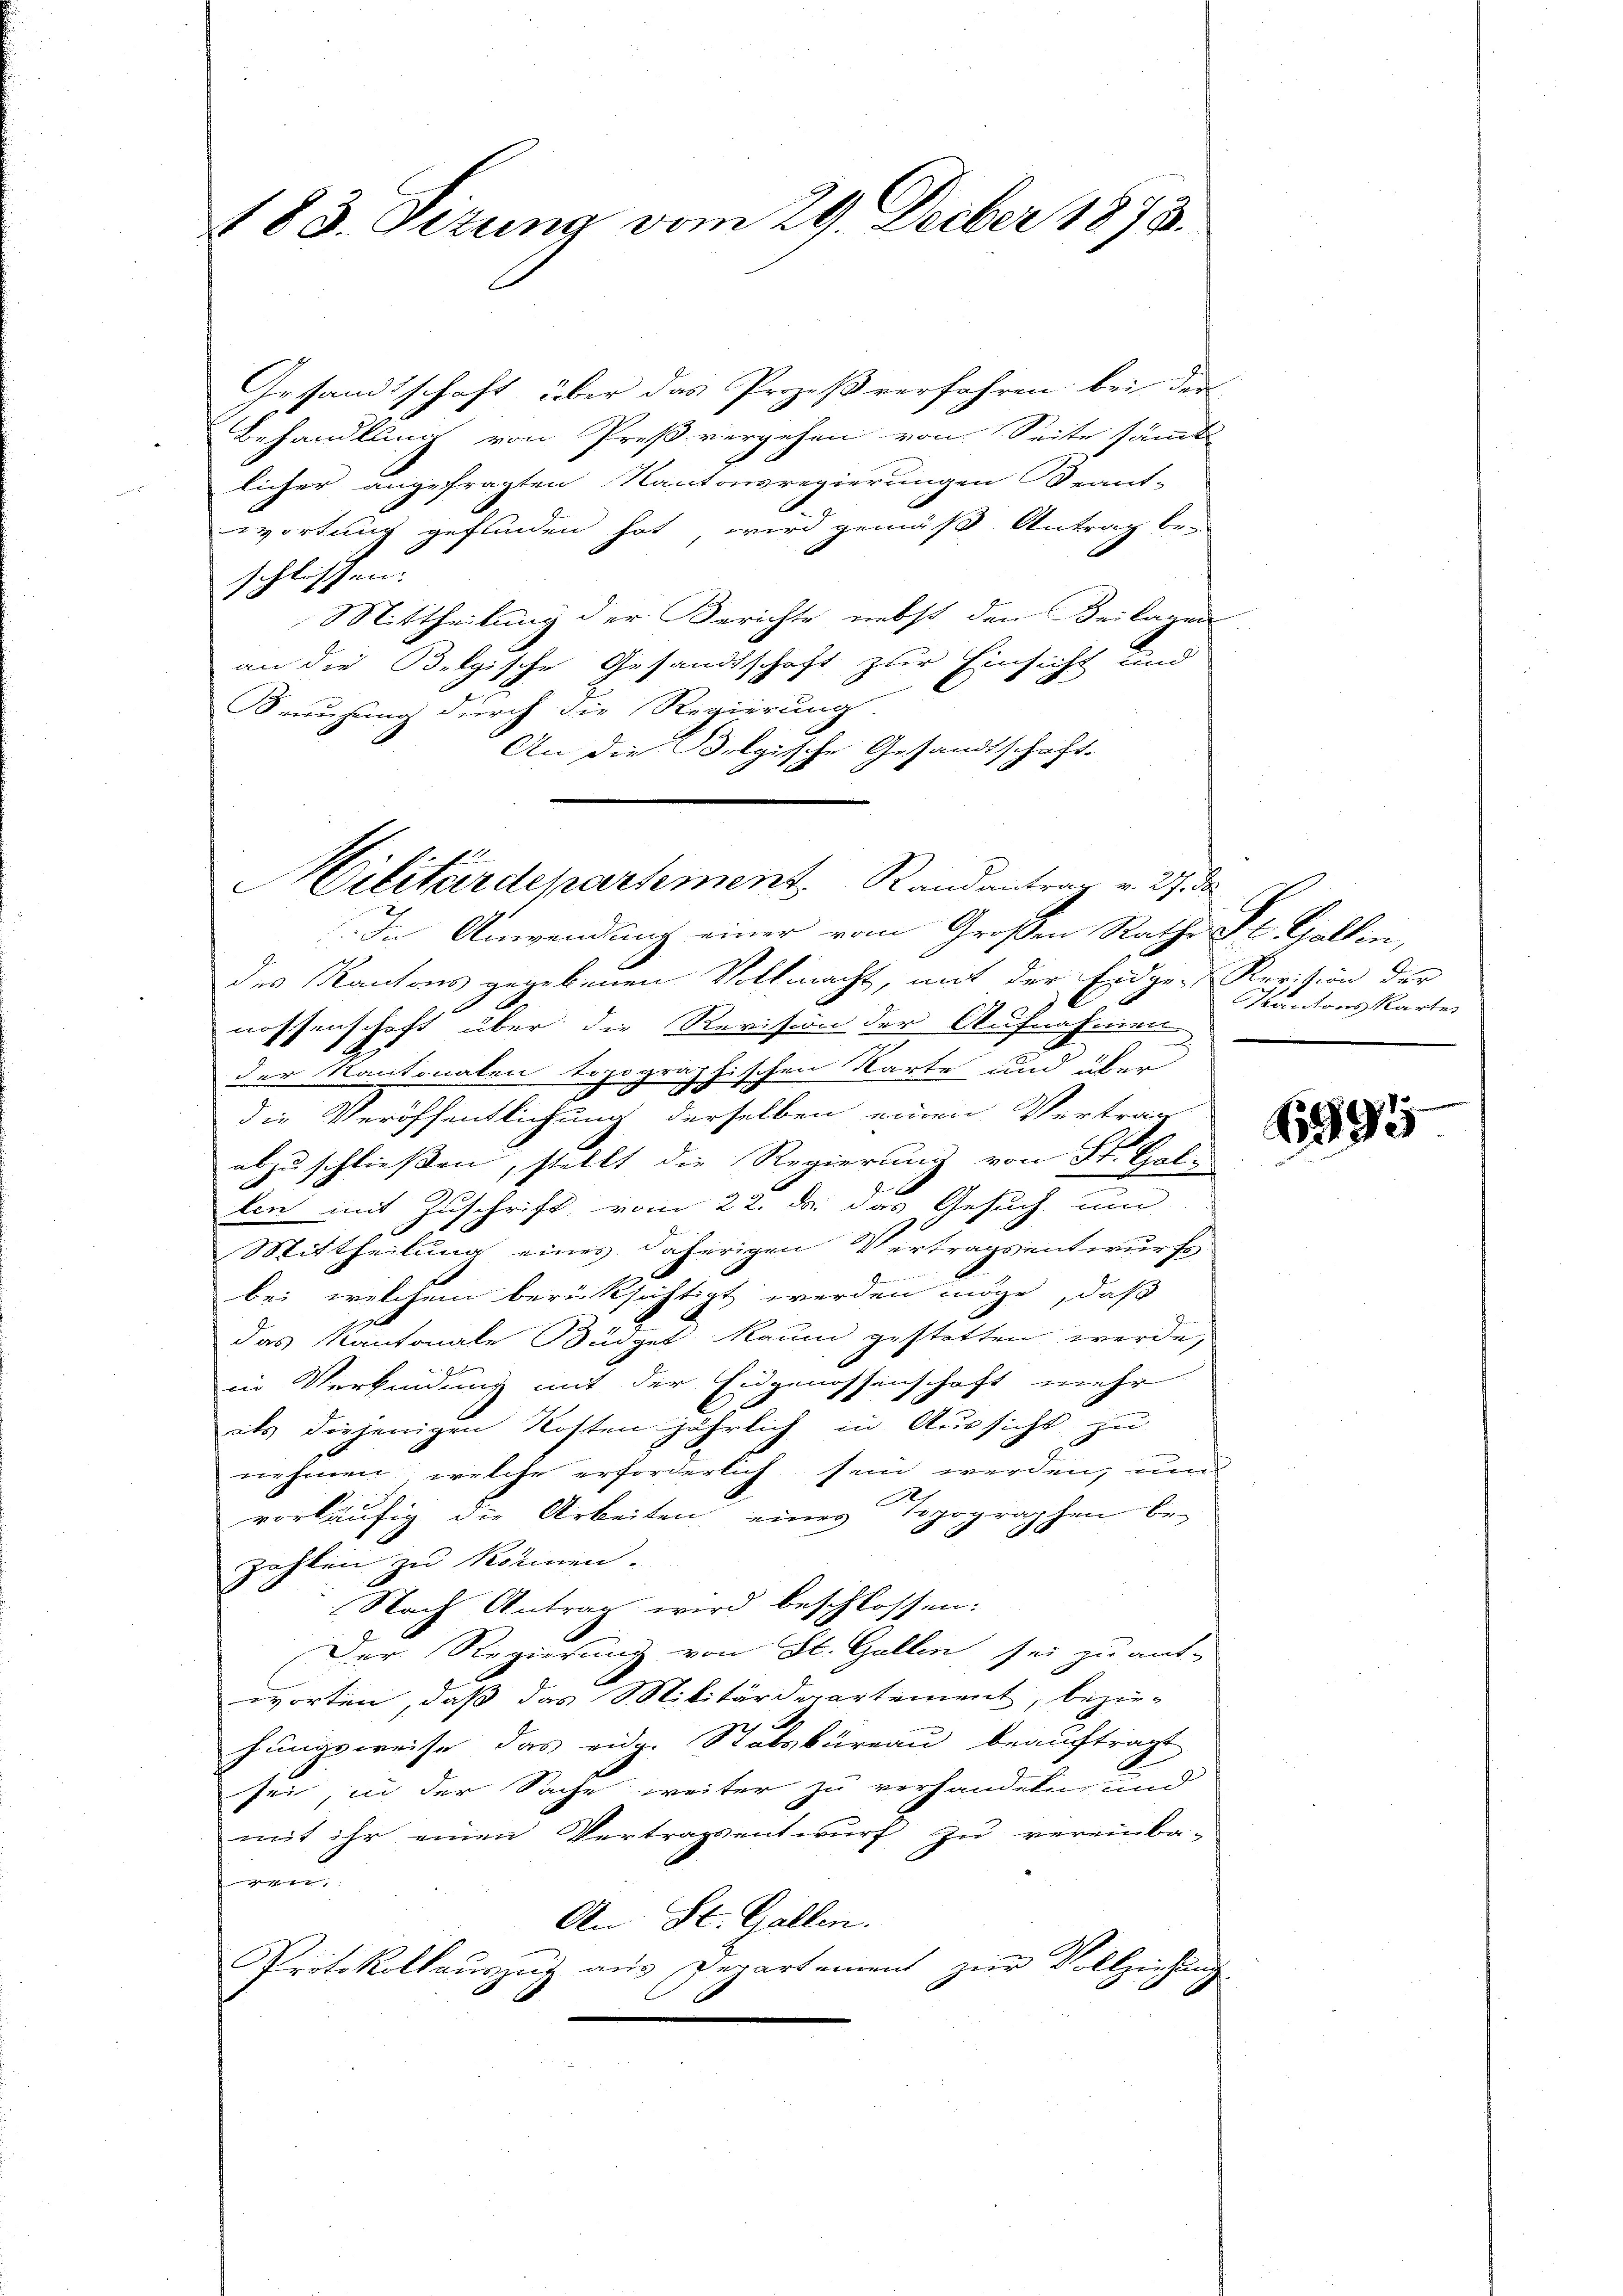
183. Sizung vom 29. Decber 1873.

Gesandtschaft über das Prozeß verfahren bei der
Behandlung von Preß vergehen von Seite sämmtl
licher angefragten Kantonsregierungen Beant-
wortung gefunden hat, wird gemäß Antrag be-
schlossen.
Mittheilung der Berichte nebst den Beilagen
an die Belgische Gesandtschaft zur Einsicht und
Bemühung durch die Regierung.
An die Bolgische Gesandtschaft-

Hilitärdepartement, Randantrag v. 27. de

In Anwendung einer vom Großen Rathe St. Gallin,
des Kantons gegebenen Vollmacht, mit der Eidge-Revision der
nossenschaft über die Revision der Aufnahmen
der Kantonalen topographischen Karte und über
die Veröffentlichung derselben einen Vertrag
abzuschließen, stellt die Regierung von St. Gale
len mit Zuschrift vom 22. d. das Gesuch um
Mittheilung eines daherigen Vertragsentwurfs
bei welchem berücksichtigt werden möge, daß
das Kantonale Büdget kaum gestatten werde,
J
in Verbindung mit der Eidgenossenschaft mehr
als diejenigen Kosten jährlich in Aussicht zu
nehmen welche erforderlich sein werden, un
e
vorläufig die Arbeiten eines Topographen be-
zahlen zu können.
9
1
Nach Antrag wird beschlossen:
Der Regierung von St. Gallen sei zu ant-
worten, daß das Militärdepartement, bezie-
hungsweise das eidg. Stabsbureau beauftragt,
sei, in der Sache weiter zu verhandeln, und
mit ihr einen Vertragsentwurf zu vereinba-
t
An St. Gallen.
Protokollauszug aus Departement zur Vollziehung

Kantons Kartes

1395